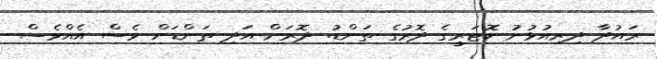
ރައުދާ ދިރިއުޅުނު ކޮޓަރީގެ ދޮރުގެ ތަންޑު. ދޮރަށް އަދި ތަންޑަށް ވެސް އެއްވެސް